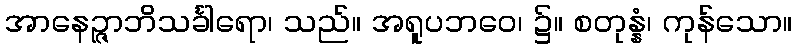
အာနေဉ္ဇာဘိသင်္ခါရော၊ သည်။ အရူပဘဝေ၊ ၌။ စတုန္နံ၊ ကုန်သော။